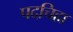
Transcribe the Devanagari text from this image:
पदचिह्म